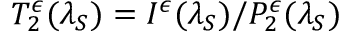
T _ { 2 } ^ { \epsilon } ( \lambda _ { S } ) = I ^ { \epsilon } ( \lambda _ { S } ) / P _ { 2 } ^ { \epsilon } ( \lambda _ { S } )